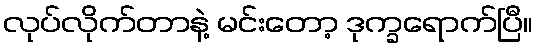
လုပ်လိုက်တာနဲ့ မင်းတော့ ဒုက္ခရောက်ပြီ။